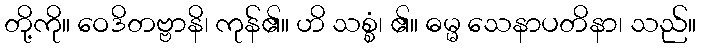
တို့ကို။ ဝေဒိတဗ္ဗာနိ၊ ကုန်၏။ ဟိ သစ္စံ၊ ၏။ ဓမ္မ သေနာပတိနာ၊ သည်။